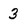
Character: 3